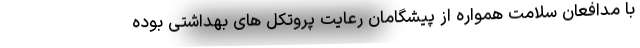
با مدافعان سلامت همواره از پیشگامان رعایت پروتکل های بهداشتی بوده